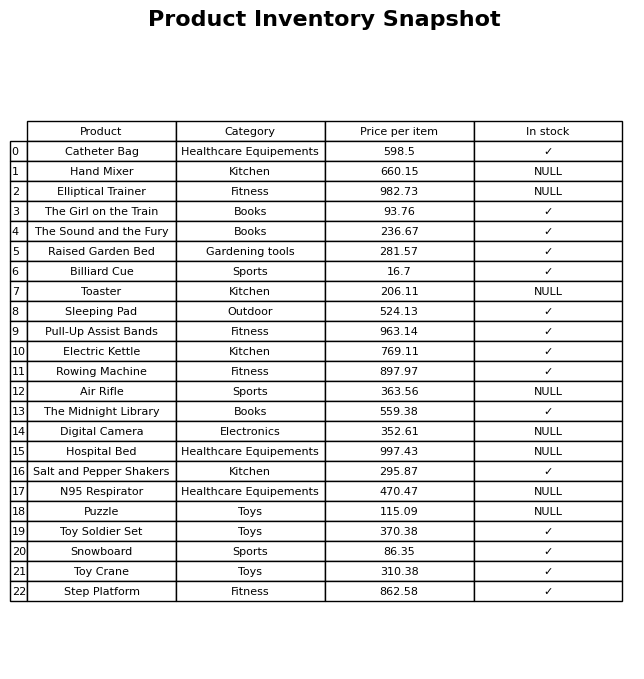
question: What is the price of the Hand Mixer?
answer: The price of Hand Mixer is 660.15.